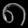
Digit: ၈